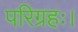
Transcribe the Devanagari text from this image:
परिग्रहः।